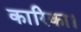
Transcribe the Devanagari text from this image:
कारिका।